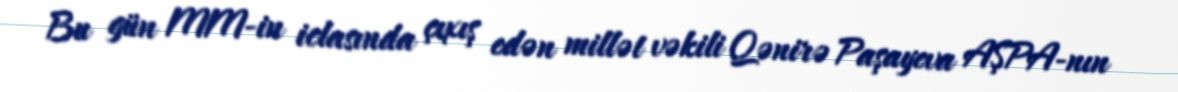
Bu gün MM-in iclasında çıxış edən millət vəkili Qənirə Paşayeva AŞPA-nın